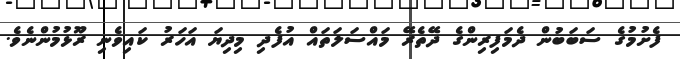
ފެށުމުގެ ސަބަބުން ދެމަފިރިންގެ ދޭތެރޭ މައްސަލަތައް އުފެދި މިދިޔަ އަހަރު ކައިވެނި ރޫޅުމުންނެވެ.